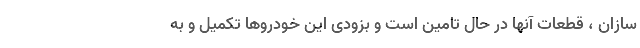
سازان ، قطعات آنها در حال تامین است و بزودی این خودروها تکمیل و به